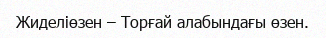
Жиделіөзен – Торғай алабындағы өзен.